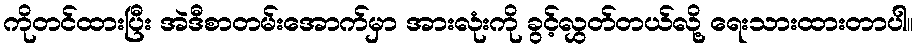
ကိုတင်ထားပြီး အဲဒီစာတမ်းအောက်မှာ အားလုံးကို ခွင့်လွှတ်တယ်လို့ ရေးသားထားတာပါ။